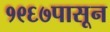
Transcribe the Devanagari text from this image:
१९६७पासून